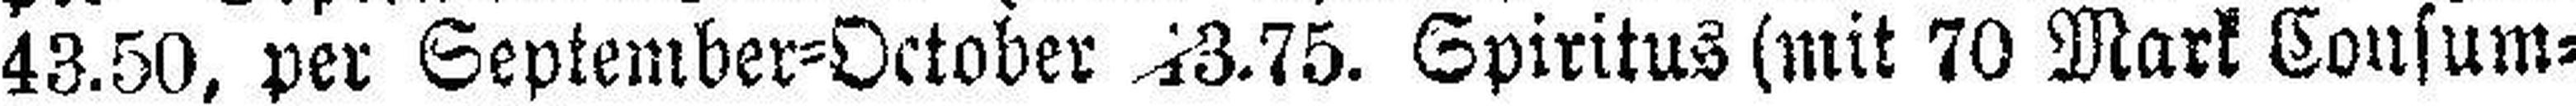
43.50, per September-October 13.75. Spiritus (mit 70 Mark Consum¬